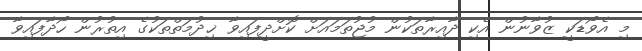
މި އެވޯޑަކީ ޒުވާނުން އެކި ދާއިރާތަކުން މުޖުތަމައަށް ކޮށްދީފައިވާ ޚިދުމަތްތަކުގެ އިތުރުން ހޯދާފައިވާ